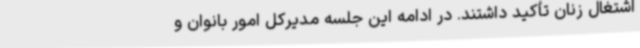
اشتغال زنان تأکید داشتند. در ادامه این جلسه مدیرکل امور بانوان و